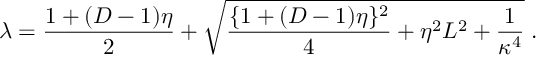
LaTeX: \lambda = \frac { 1 + ( D - 1 ) \eta } { 2 } + \sqrt { \frac { \{ 1 + ( D - 1 ) \eta \} ^ { 2 } } { 4 } + \eta ^ { 2 } L ^ { 2 } + \frac { 1 } { \kappa ^ { 4 } } } \; .